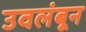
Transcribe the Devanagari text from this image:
उवलंबून